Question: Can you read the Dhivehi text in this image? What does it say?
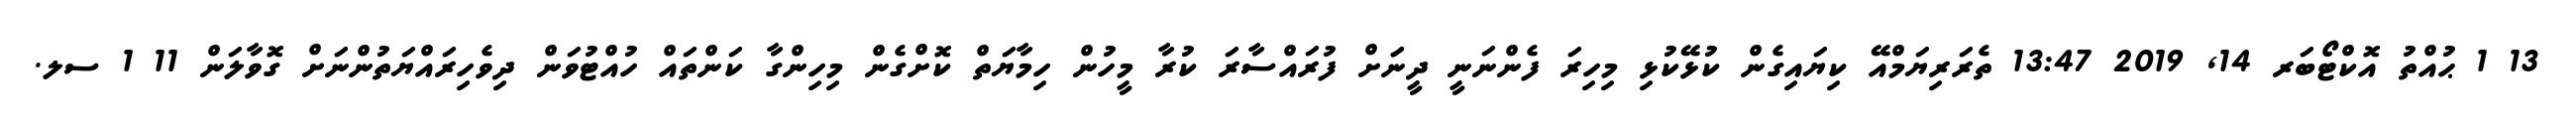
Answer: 13 1 ޙުއްތު އޮކްޓޯބަރ 14, 2019 13:47 ތެރަރިޔަމްއޭ ކިޔައިގެން ކުޅޭކުޅި މިހިރަ ފެންނަނީ ދީނަަށް ފުރައްސާރަ ކުރާ މީހުން ހިމާޔަތް ކޮށްގެން މިހިންގާ ކަންތައް ހުއްޓުވަން ދިވެހިރައްޔަތުންނަށް ގޮވާލަން 11 1 ސލ.